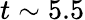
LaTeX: t\sim 5.5